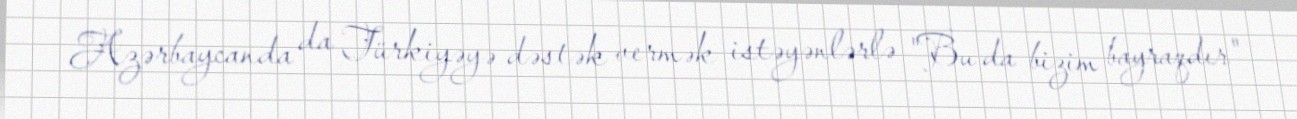
Azərbaycanda da Türkiyəyə dəstək vermək istəyənlərlə "Bu da bizim bayraqdır"